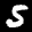
Digit: 5